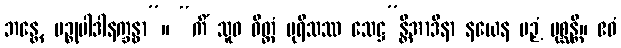
ဘန္တေ, ပဉ္စုပါဒါနက္ခန္ဓာ”။ “ကိံ သူဓ ဝိတ္တံ ပုရိသဿ သေဋ္ဌ”န္တိအာဒိနာ နယေန ပဉှံ ပုစ္ဆန္တိ။ ဧဝံ